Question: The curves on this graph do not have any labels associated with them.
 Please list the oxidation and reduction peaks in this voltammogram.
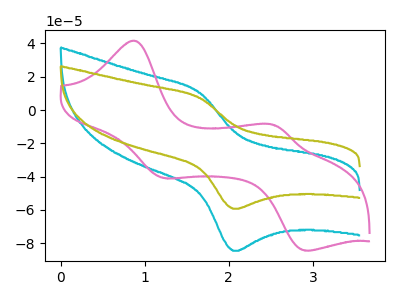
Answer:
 <answer>The cyan curve "cyan" has an anodic peak at (1.65V, 10.40uA) and a cathodic peak at (2.05V, -84.60uA). The pink curve "pink" has anodic peaks at (0.90V, 41.50uA) (2.55V, -9.15uA) and cathodic peaks at (1.20V, -40.85uA) (2.90V, -84.45uA). The olive curve "olive" has an anodic peak at (1.65V, 7.30uA) and a cathodic peak at (2.05V, -59.30uA).</answer>
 <eval></eval>